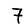
Digit: 7